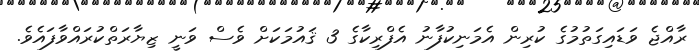
ރާއްޖެ ވަޑައިގަތުމުގެ ކުރިން އެމަނިކުފާނު އެފްރިކާގެ 3 ޤައުމަކަށް ވެސް ވަނީ ޒިޔާރަތްކުރައްވާފައެވެ.